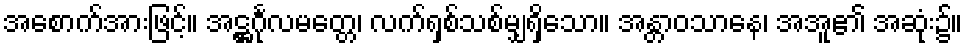
အစောက်အားဖြင့်။ အဋ္ဌင်္ဂုလမတ္တေ၊ လက်ရှစ်သစ်မျှရှိသော။ အန္တာဝသာနေ၊ အအူ၏ အဆုံး၌။